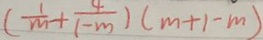
( \frac { 1 } { m } + \frac { 1 } { 1 - m } ) ( m + 1 - m )